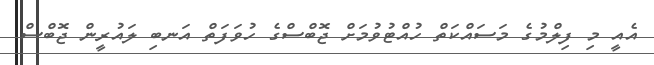
އެއީ މި ފިލްމުގެ މަސައްކަތް ހުއްޓުވުމަށް ޖޮބްސްގެ ހުވަފަތް އަނބި ލައުރީން ޖޮބްސް